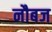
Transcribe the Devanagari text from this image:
नौबज